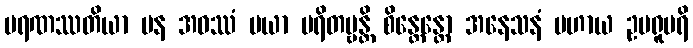
မရဏဿတိယာ ပန အဝဿံ မယာ မရိတဗ္ဗန္တိ စိန္တေန္တော အနေသနံ ပဟာယ ဥပရူပရိ